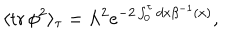
LaTeX: \langle \mathrm { t r } \, \phi ^ { 2 } \rangle _ { \tau } = \Lambda ^ { 2 } e ^ { - 2 \int _ { 0 } ^ { \tau } { d x \beta ^ { - 1 } ( x ) } } ,